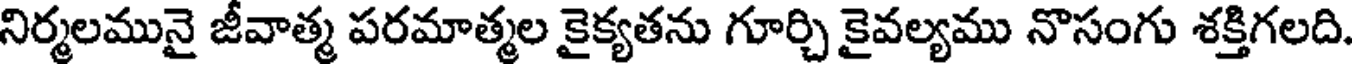
నిర్మలమునై జీవాత్మ పరమాత్మల కైక్యతను గూర్చి కైవల్యము నొసంగు శక్తిగలది.